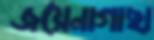
জয়েনাগাছা